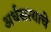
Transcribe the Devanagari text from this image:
अर्धसत्याचे